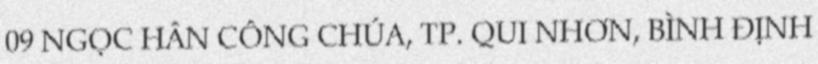
09 NGỌC HÂN CÔNG CHÚA, TP. QUI NHƠN, BÌNH ĐỊNH